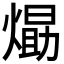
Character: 𭵹